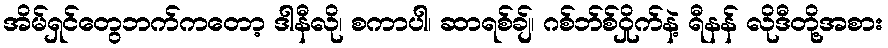
အိမ်ရှင်တွေဘက်ကတော့ ဒါနီလို၊ စကာပါ၊ ဆာရစ်ချ်၊ ဂစ်ဘ်စ်ဝှိုက်နဲ့ ရီနန် လိုဒီတို့အစား